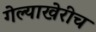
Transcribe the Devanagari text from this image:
गेल्याखेरीच